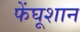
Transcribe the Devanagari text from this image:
फेंघूशान